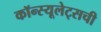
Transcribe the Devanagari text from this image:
कॉन्स्यूलेट्सची